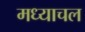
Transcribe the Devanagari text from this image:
मध्याचल